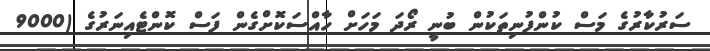
ސަރުކާރުގެ މަސް ކުންފުނިތަކުން ބުނީ ރޯދަ މަހަށް ހާއްސަކޮށްގެން ފަސް ކޮންޓެއިނަރުގެ (9000